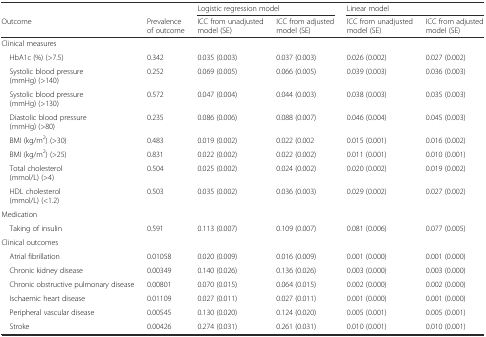
<table><thead><tr><td></td><td></td><td colspan="2"><b>Logistic regression model</b></td><td colspan="2"><b>Linear model</b></td></tr><tr><td><b>Outcome</b></td><td><b>Prevalence of outcome</b></td><td><b>ICC from unadjusted model (SE)</b></td><td><b>ICC from adjusted model (SE)</b></td><td><b>ICC from unadjusted model (SE)</b></td><td><b>ICC from adjusted model (SE)</b></td></tr></thead><tbody><tr><td colspan="6">Clinical measures</td></tr><tr><td> HbA1c (%) (&gt;7.5)</td><td>0.342</td><td>0.035 (0.003)</td><td>0.037 (0.003)</td><td>0.026 (0.002)</td><td>0.027 (0.002)</td></tr><tr><td> Systolic blood pressure (mmHg) (&gt;140)</td><td>0.252</td><td>0.069 (0.005)</td><td>0.066 (0.005)</td><td>0.039 (0.003)</td><td>0.036 (0.003)</td></tr><tr><td> Systolic blood pressure (mmHg) (&gt;130)</td><td>0.572</td><td>0.047 (0.004)</td><td>0.044 (0.003)</td><td>0.038 (0.003)</td><td>0.035 (0.003)</td></tr><tr><td> Diastolic blood pressure (mmHg) (&gt;80)</td><td>0.235</td><td>0.086 (0.006)</td><td>0.088 (0.007)</td><td>0.046 (0.004)</td><td>0.045 (0.003)</td></tr><tr><td> BMI (kg/m<sup>2</sup>) (&gt;30)</td><td>0.483</td><td>0.019 (0.002)</td><td>0.022 (0.002</td><td>0.015 (0.001)</td><td>0.016 (0.002)</td></tr><tr><td> BMI (kg/m<sup>2</sup>) (&gt;25)</td><td>0.831</td><td>0.022 (0.002)</td><td>0.022 (0.002)</td><td>0.011 (0.001)</td><td>0.010 (0.001)</td></tr><tr><td> Total cholesterol (mmol/L) (&gt;4)</td><td>0.504</td><td>0.025 (0.002)</td><td>0.024 (0.002)</td><td>0.020 (0.002)</td><td>0.019 (0.002)</td></tr><tr><td> HDL cholesterol (mmol/L) (&lt;1.2)</td><td>0.503</td><td>0.035 (0.002)</td><td>0.036 (0.003)</td><td>0.029 (0.002)</td><td>0.027 (0.002)</td></tr><tr><td colspan="6">Medication</td></tr><tr><td> Taking of insulin</td><td>0.591</td><td>0.113 (0.007)</td><td>0.109 (0.007)</td><td>0.081 (0.006)</td><td>0.077 (0.005)</td></tr><tr><td colspan="6">Clinical outcomes</td></tr><tr><td> Atrial fibrillation</td><td>0.01058</td><td>0.020 (0.009)</td><td>0.016 (0.009)</td><td>0.001 (0.000)</td><td>0.001 (0.000)</td></tr><tr><td> Chronic kidney disease</td><td>0.00349</td><td>0.140 (0.026)</td><td>0.136 (0.026)</td><td>0.003 (0.000)</td><td>0.003 (0.000)</td></tr><tr><td> Chronic obstructive pulmonary disease</td><td>0.00801</td><td>0.070 (0.015)</td><td>0.064 (0.015)</td><td>0.002 (0.000)</td><td>0.002 (0.000)</td></tr><tr><td> Ischaemic heart disease</td><td>0.01109</td><td>0.027 (0.011)</td><td>0.027 (0.011)</td><td>0.001 (0.000)</td><td>0.001 (0.000)</td></tr><tr><td> Peripheral vascular disease</td><td>0.00545</td><td>0.130 (0.020)</td><td>0.124 (0.020)</td><td>0.005 (0.001)</td><td>0.005 (0.001)</td></tr><tr><td> Stroke</td><td>0.00426</td><td>0.274 (0.031)</td><td>0.261 (0.031)</td><td>0.010 (0.001)</td><td>0.010 (0.001)</td></tr></tbody></table>